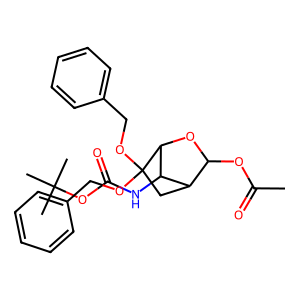
SMILES: CC(=O)OC1OC2C(NC(=O)OC(C)(C)C)C1CC2(OCc1ccccc1)OCc1ccccc1
Inhibits HIV replication: No